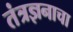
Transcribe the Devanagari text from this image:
तंत्रज्ञनाचा